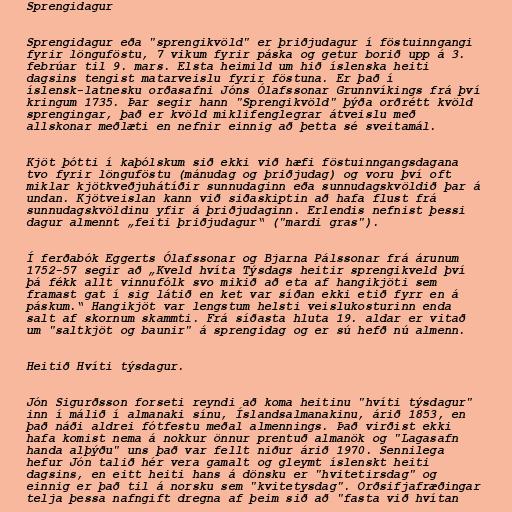
Sprengidagur

Sprengidagur eða "sprengikvöld" er þriðjudagur í föstuinngangi
fyrir lönguföstu, 7 vikum fyrir páska og getur borið upp á 3.
febrúar til 9. mars. Elsta heimild um hið íslenska heiti
dagsins tengist matarveislu fyrir föstuna. Er það í
íslensk-latnesku orðasafni Jóns Ólafssonar Grunnvíkings frá því
kringum 1735. Þar segir hann "Sprengikvöld" þýða orðrétt kvöld
sprengingar, það er kvöld miklifenglegrar átveislu með
allskonar meðlæti en nefnir einnig að þetta sé sveitamál.

Kjöt þótti í kaþólskum sið ekki við hæfi föstuinngangsdagana
tvo fyrir lönguföstu (mánudag og þriðjudag) og voru því oft
miklar kjötkveðjuhátíðir sunnudaginn eða sunnudagskvöldið þar á
undan. Kjötveislan kann við siðaskiptin að hafa flust frá
sunnudagskvöldinu yfir á þriðjudaginn. Erlendis nefnist þessi
dagur almennt „feiti þriðjudagur“ ("mardi gras").

Í ferðabók Eggerts Ólafssonar og Bjarna Pálssonar frá árunum
1752-57 segir að „Kveld hvíta Týsdags heitir sprengikveld því
þá fékk allt vinnufólk svo mikið að eta af hangikjöti sem
framast gat í sig látið en ket var síðan ekki etið fyrr en á
páskum.“ Hangikjöt var lengstum helsti veislukosturinn enda
salt af skornum skammti. Frá síðasta hluta 19. aldar er vitað
um "saltkjöt og baunir" á sprengidag og er sú hefð nú almenn.

Heitið Hvíti týsdagur.

Jón Sigurðsson forseti reyndi að koma heitinu "hvíti týsdagur"
inn í málið í almanaki sínu, Íslandsalmanakinu, árið 1853, en
það náði aldrei fótfestu meðal almennings. Það virðist ekki
hafa komist nema á nokkur önnur prentuð almanök og "Lagasafn
handa alþýðu" uns það var fellt niður árið 1970. Sennilega
hefur Jón talið hér vera gamalt og gleymt íslenskt heiti
dagsins, en eitt heiti hans á dönsku er "hvitetirsdag" og
einnig er það til á norsku sem "kvitetysdag". Orðsifjafræðingar
telja þessa nafngift dregna af þeim sið að "fasta við hvítan